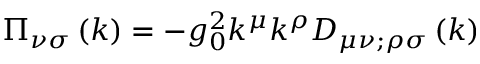
\Pi _ { \nu \sigma } \left( k \right) = - g _ { 0 } ^ { 2 } k ^ { \mu } k ^ { \rho } D _ { \mu \nu ; \rho \sigma } \left( k \right)